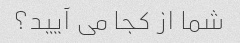
شما از کجا می آیید؟